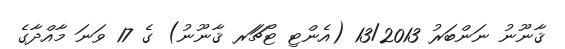
ޤާނޫނު ނަންބަރު 13/2013 (އެންޓި ޓޯޗަަރ ޤާނޫނު) ގެ 17 ވަނަ މާއްދާގެ